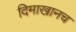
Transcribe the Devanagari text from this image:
दिमाखानच